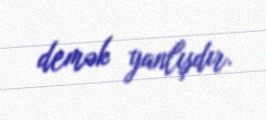
demək yanlışdır.